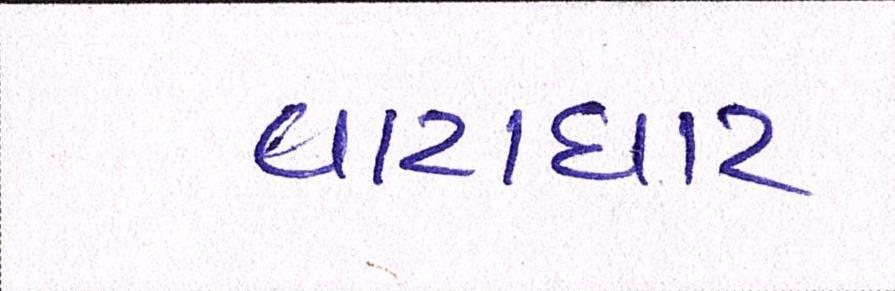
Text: વાટાઘાટ